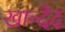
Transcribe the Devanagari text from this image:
खान्देद